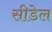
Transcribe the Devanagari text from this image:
सीडेल